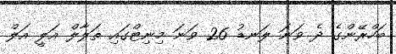
ބަހްރޭންގެ ދެ ވަނަ ލަނޑު 26 ވަނަ މިނިޓްގައި ތަލާލް އަލީ އަލް